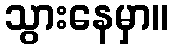
သွားနေမှာ။